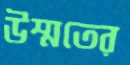
উম্মতের